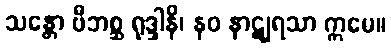
သန္တော ဗီဘစ္ဆ ရုဒ္ဒါနိ၊ နဝ နာဋျရသာ ဣမေ။